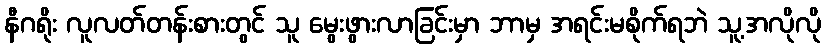
နီဂရိုး လူလတ်တန်းစားတွင် သူ မွေးဖွားလာခြင်းမှာ ဘာမှ အရင်းမစိုက်ရဘဲ သူ့အလိုလို